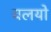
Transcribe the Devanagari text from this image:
वलयो